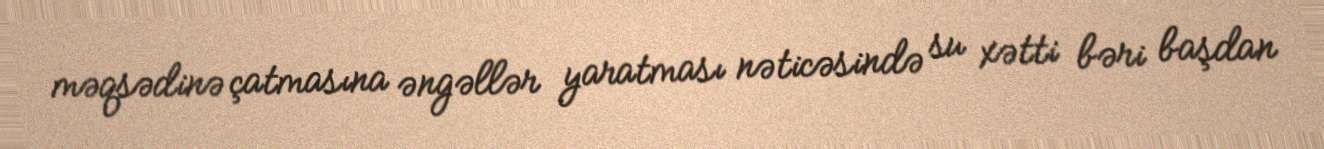
məqsədinə çatmasına əngəllər yaratması nəticəsində su xətti bəri başdan